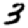
Digit: 3